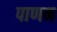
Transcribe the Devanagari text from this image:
पाणन